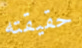
حقيقته